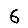
Digit: 6